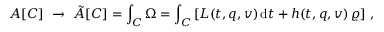
{ \cal A } [ { \cal C } ] \, \, \rightarrow \, \, \tilde { \cal A } [ { \cal C } ] = \int _ { \cal C } \Omega = \int _ { \cal C } \left[ L ( t , q , v ) \, \mathrm { d } t + h ( t , q , v ) \, \varrho \right] \, ,